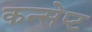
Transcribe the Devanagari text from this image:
कन्सेप्ट